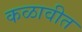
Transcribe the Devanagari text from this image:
कळावीत